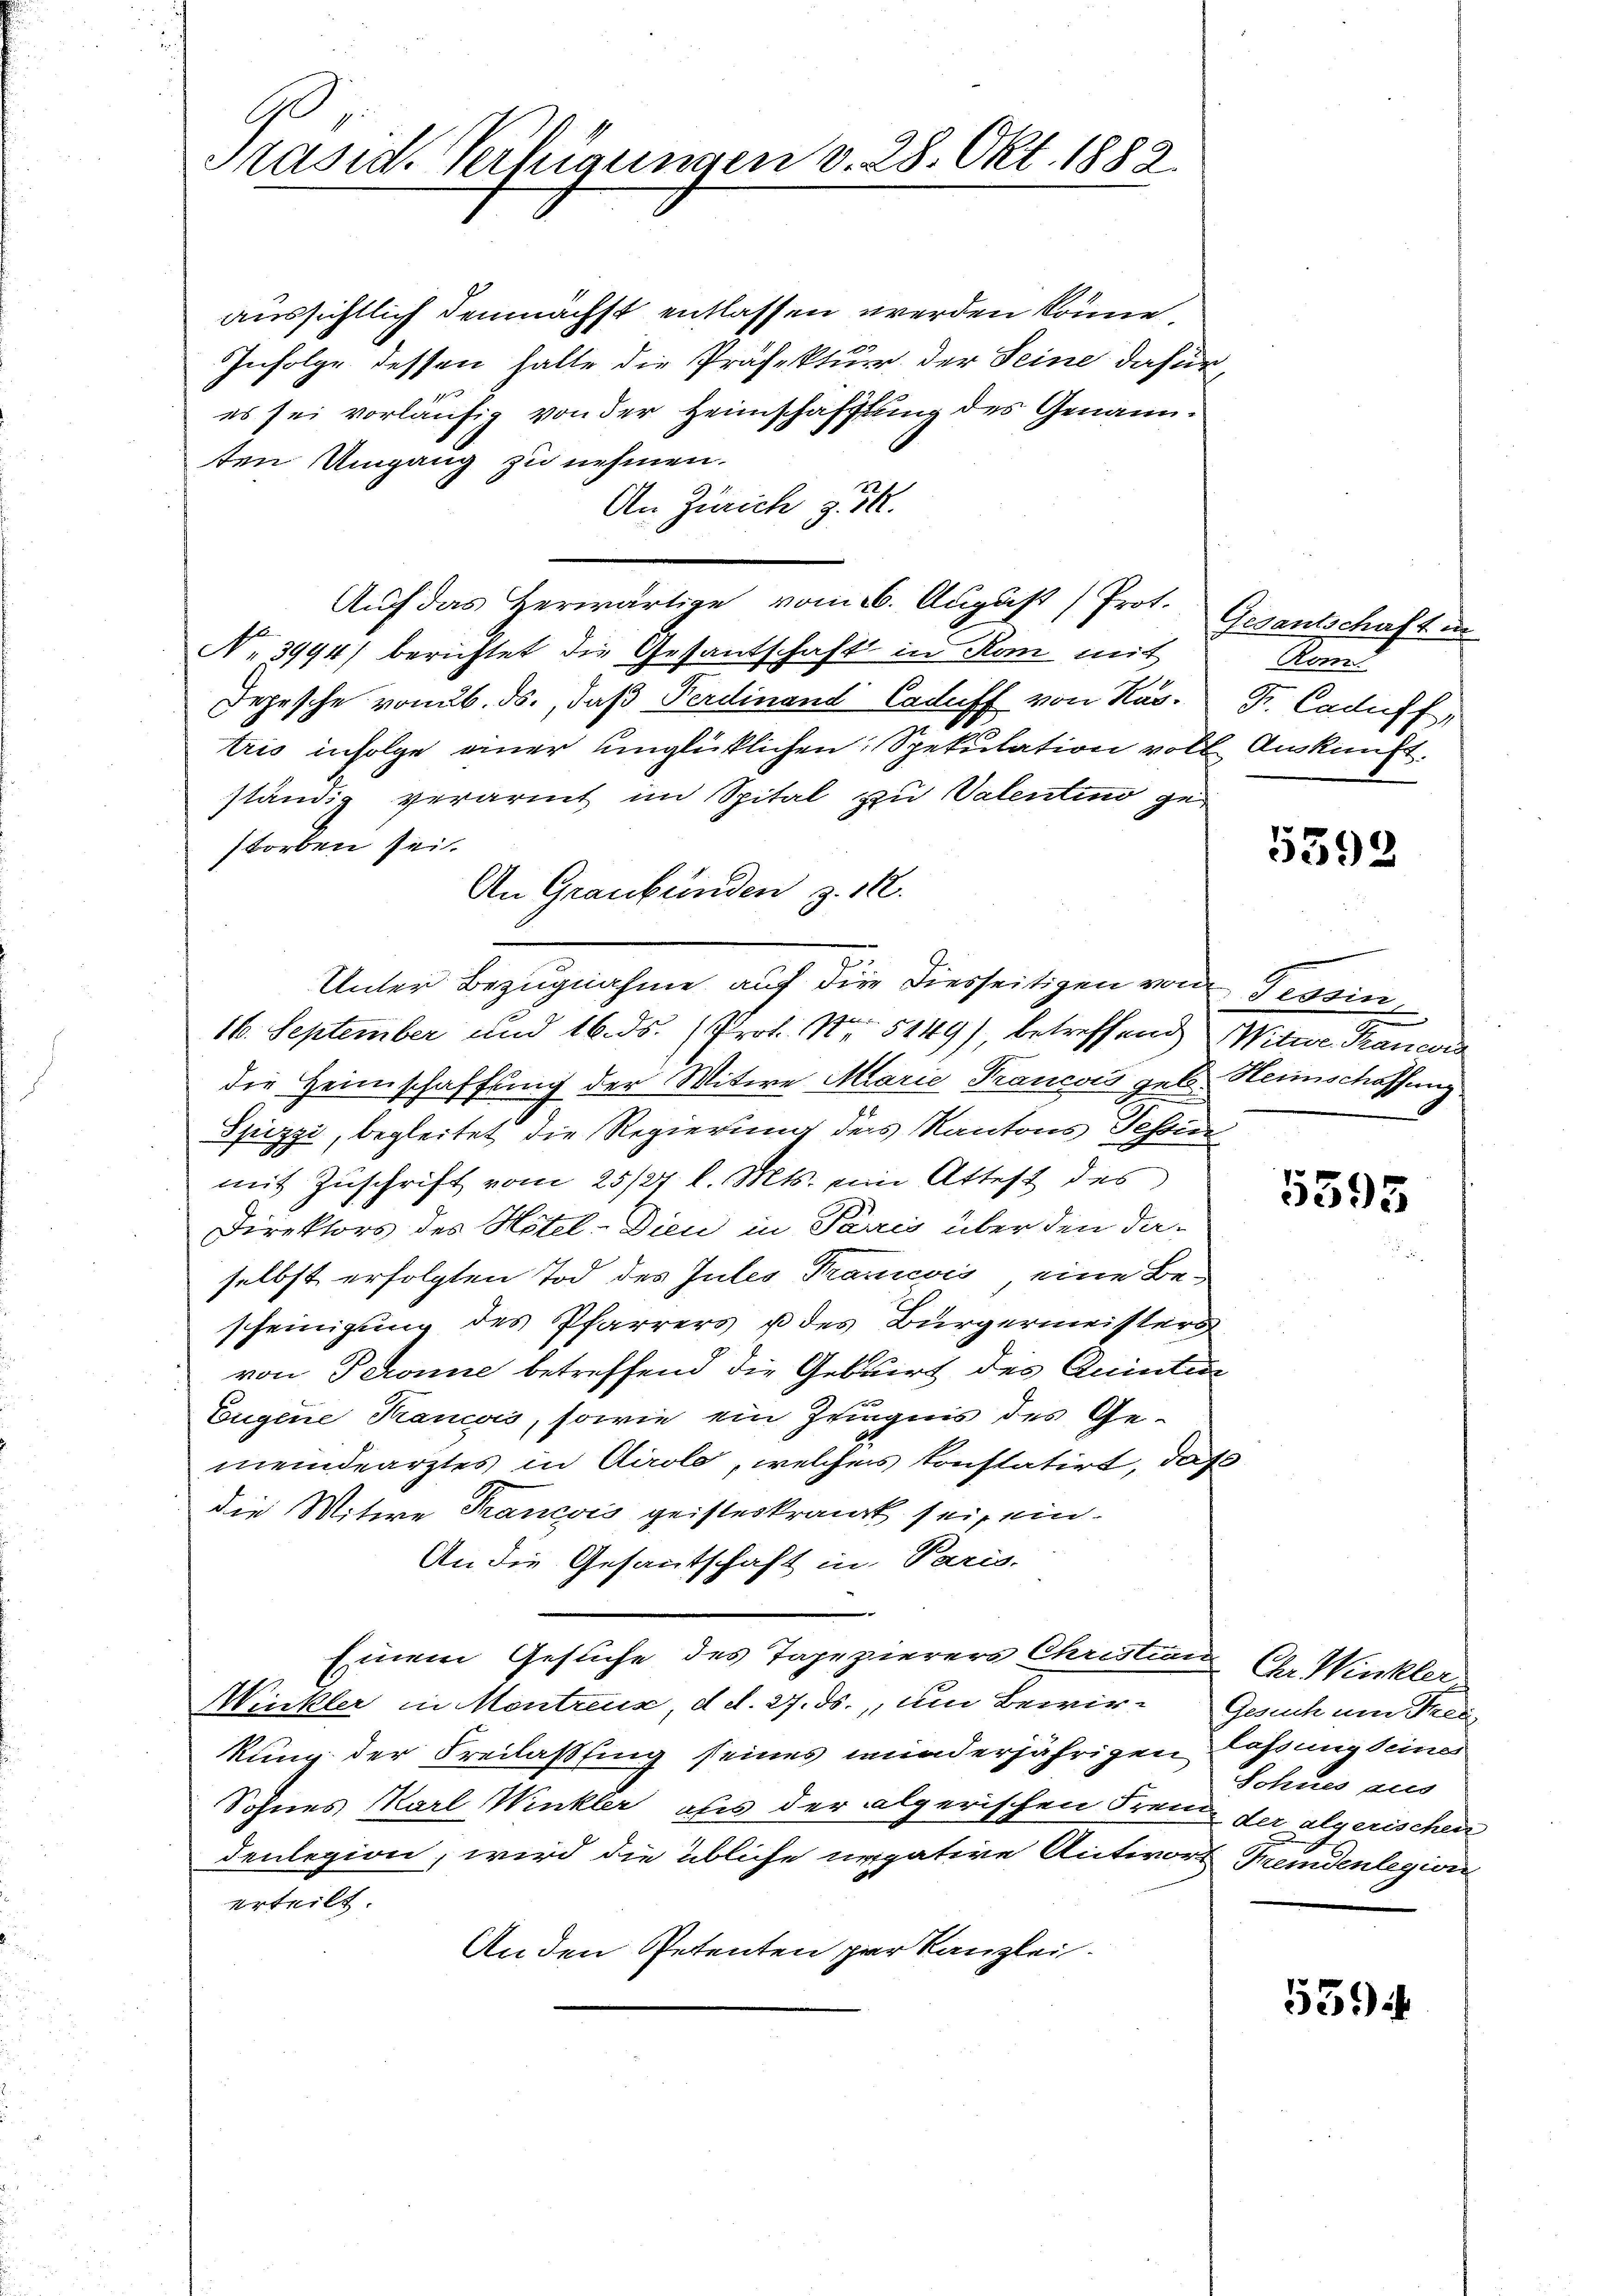
A
Präsid. Verfügungen v. 28. Okt. 1882.

aussichtlich demnächst entlassen werden könne,
Infolge dessen halte die Präfektur der Seine dafür
es sei vorläufig von der Heimschafftung des Genannten Umgang zu nehmen.
An Zürich z. R.
Auf das Herwärtige vom 26. August Prot.
No 3994) berichtet die Gesantschaft in Rom mit
x
Depesche vom 6. ds., daß Ferdinand Caduff von Nas. F. Caduff,
tris infolge einer unglücklichen Spekulation voll Auskunft.
ständig verarmt im Spital zu Valentino gestorben sei.
An Graubünden z. 182.
16. September und 16. ds. (Prot. Nr. 5149), betreffend Witwe Francor
die Heimschaffung der Witwe Marie Francois geb. Heimschaffung
Spizzi, begleitet, die Regierung ders Kantons Tessin
mit Zŭschrift vom 25/27 l. Mts. eine Attest des
Direktors des Hotel-Dien in Paris über den da-
selbst erfolgten Tod des Intes Prancois eine Bescheinigung des Pfarrers u des Bürgermeisters
von Peronne betreffend die Geburt des Quinten
Eugene Krancois, sowie ein Zeugnis des Gemeindearztes in Airole, welcher konstatirt, daß
die Mitwe Francois geisteskrank sei, ein¬
An die Gesantschaft in Paris,
Einem Gesuche des Tapezierers Christian Ch. Winkler,
Winkler in Montreux, d. d. 27. ds. um Bewirkung der Freilassing seines minderjährigen lassung seines
Sohnes Karl Winkler als der algerischen Freude der algerischen
denlegion, wird die übliche urpative Antwort Fremdenlegion
erteilt.
Anden Petenten par Kanzlei.

Unter Bezugnahme auf die Diesseitigen von Tessin,

Gesantschaft in
Rom

5392

5595

Gesuch um Thei
Sohnes aus

559